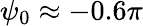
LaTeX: \psi_{0}\approx-0.6\pi